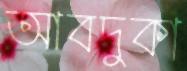
আবদুকা